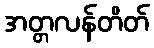
အတ္တလန်တိတ်